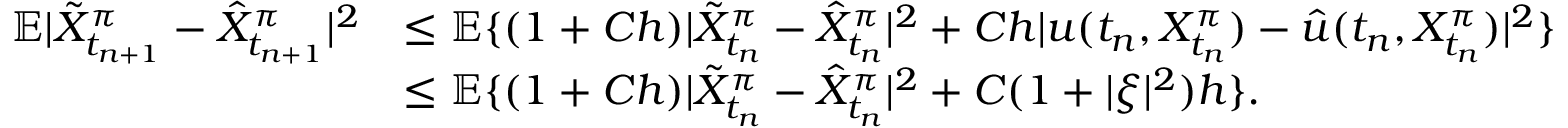
\begin{array} { r } { \begin{array} { r l } { \mathbb { E } | \tilde { X } _ { t _ { n + 1 } } ^ { \pi } - \hat { X } _ { t _ { n + 1 } } ^ { \pi } | ^ { 2 } } & { \leq \mathbb { E } \{ ( 1 + C h ) | \tilde { X } _ { t _ { n } } ^ { \pi } - \hat { X } _ { t _ { n } } ^ { \pi } | ^ { 2 } + C h | u ( t _ { n } , X _ { t _ { n } } ^ { \pi } ) - \hat { u } ( t _ { n } , X _ { t _ { n } } ^ { \pi } ) | ^ { 2 } \} } \\ & { \leq \mathbb { E } \{ ( 1 + C h ) | \tilde { X } _ { t _ { n } } ^ { \pi } - \hat { X } _ { t _ { n } } ^ { \pi } | ^ { 2 } + C ( 1 + | \xi | ^ { 2 } ) h \} . } \end{array} } \end{array}